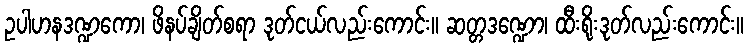
ဥပါဟနဒဏ္ဍကော၊ ဖိနပ်ချိတ်စရာ ဒုတ်ငယ်လည်းကောင်း။ ဆတ္တဒဏ္ဍော၊ ထီးရိုးဒုတ်လည်းကောင်း။